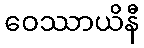
ဝေဿာယိနီ